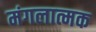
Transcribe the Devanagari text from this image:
मंगलात्मक